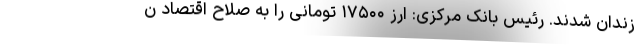
زندان شدند. رئیس بانک مرکزی: ارز ۱۷۵۰۰ تومانی را به صلاح اقتصاد ن